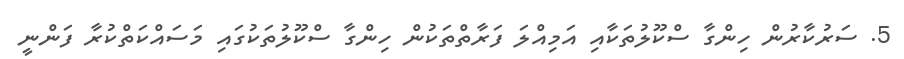
5. ސަރުކާރުން ހިންގާ ސްކޫލުތަކާއި އަމިއްލަ ފަރާތްތަކުން ހިންގާ ސްކޫލުތަކުގައި މަސައްކަތްކުރާ ފަންނީ